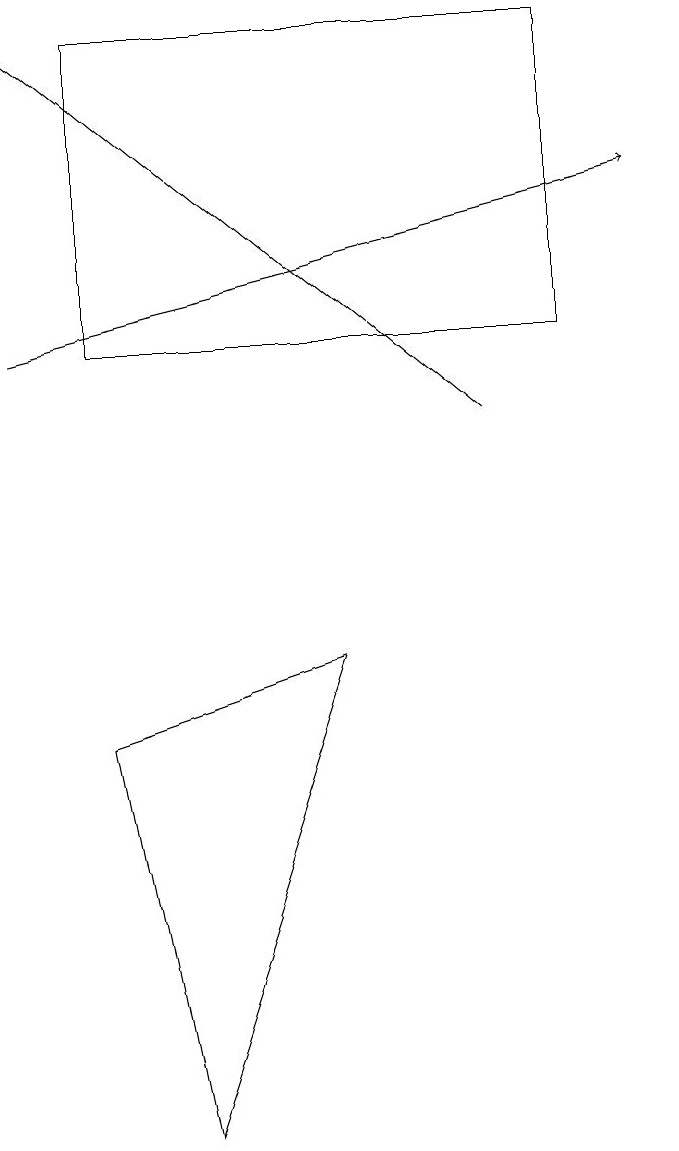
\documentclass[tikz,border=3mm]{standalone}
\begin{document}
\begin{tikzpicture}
\draw[->] (0,13) -- (8,15);
\draw (4,9) -- (1,8) -- (2,3) -- cycle;
\draw (1,13) rectangle (7,17);
\draw[->] (6,12) -- (0,17);
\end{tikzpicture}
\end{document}